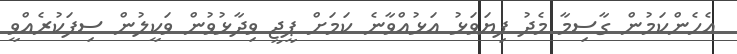
އެހެންކަމުން ގާސިމާ މެދު ފިޔަވަޅު އަޅުއްވާނެ ކަމަށް ޕީޖީ ވިދާޅުވުން ވަކީލުން ސިފަކުރެއްވީ